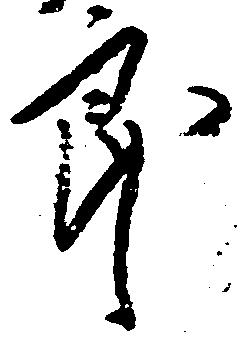
郎